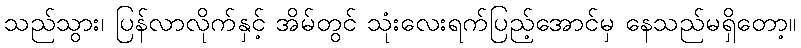
သည်သွား၊ ပြန်လာလိုက်နှင့် အိမ်တွင် သုံးလေးရက်ပြည့်အောင်မှ နေသည်မရှိတော့။